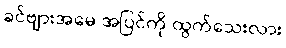
ခင်ဗျားအမေ အပြင်ကို ထွက်သေးလား